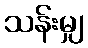
သန်းမျှ